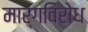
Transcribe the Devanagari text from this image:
मार्गविरोध